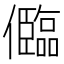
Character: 𠐼